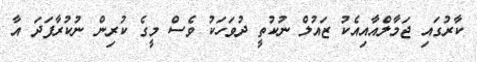
ކާރުގައި ޖަމާލްއާއިއެކު ޒައުލް ނުކުތީ ދުވަހަކު ވެސް މީގެ ކުރިން ނުކުރާފަދަ އާ